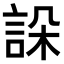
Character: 𧧨